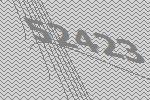
52423